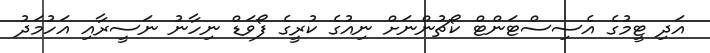
އަދި ޓީމުގެ އެސިސްޓަންޓް ކޯޗުންނަށް ނިއުގެ ކުރީގެ ފޯވަޑް ނިހާނު ނަސީރާއި އަހުމަދު